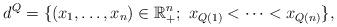
LaTeX: \begin{align*}d^Q=\{(x_1,\dots,x_n)\in\mathbb{R}_+^n;\ x_{Q(1)}<\dots<x_{Q(n)}\},\end{align*}